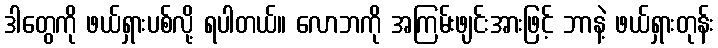
ဒါတွေကို ဖယ်ရှားပစ်လို့ ရပါတယ်။ လောဘကို အကြမ်းဖျင်းအားဖြင့် ဘာနဲ့ ဖယ်ရှားတုန်း